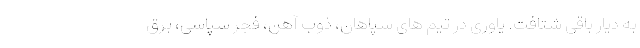
به دیار باقی شتافت. یاوری در تیم های سپاهان، ذوب آهن، فجر سپاسی، برق